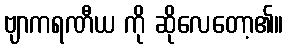
ဗျာကရဏီယ ကို ဆိုလေတော့၏။